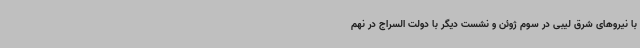
با نیروهای شرق لیبی در سوم ژوئن و نشست دیگر با دولت السراج در نهم